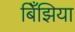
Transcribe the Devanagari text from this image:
बिँझिया